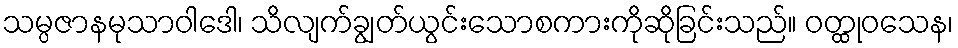
သမ္ပဇာနမုသာဝါဒေါ၊ သိလျက်ချွတ်ယွင်းသောစကားကိုဆိုခြင်းသည်။ ဝတ္ထုဝသေန၊